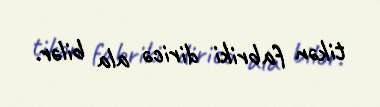
tikən fabriki diricə ala bilər.